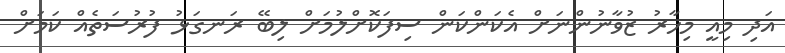
އަދި މިއީ މިހާރު ޒުވާނުންނަށް އެކަންކަން ސިފަކޮށްލުމަށް ލިބޭ ރަނގަޅު ފުރުސަތެއް ކަމަށް